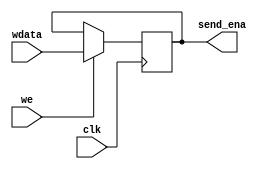
module EthernetSendEna(
	input clk,
	input [31:0]wdata,
	input we,
	output reg [31:0]send_ena = 32'b0
);
	always @(negedge clk) begin
		if(we) begin
			send_ena <= wdata;
		end else begin
			send_ena <= send_ena;
		end
	end
endmodule